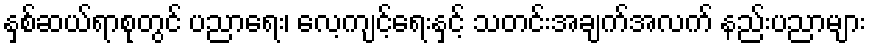
နှစ်ဆယ်ရာစုတွင် ပညာရေး၊ လေ့ကျင့်ရေးနှင့် သတင်းအချက်အလက် နည်းပညာများ